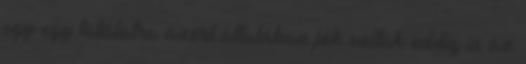
egy-egy találatra azért általában jók voltak eddig is az